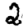
Digit: 2